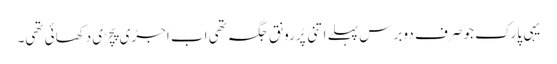
یہی پارک جو صرف دو برس پہلے اتنی پُررونق جگہ تھی اب اجڑی پچڑی دکھائی تھی۔